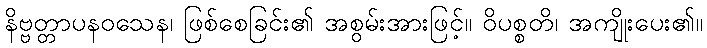
နိဗ္ဗတ္တာပနဝသေန၊ ဖြစ်စေခြင်း၏ အစွမ်းအားဖြင့်။ ဝိပစ္စတိ၊ အကျိုးပေး၏။